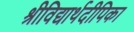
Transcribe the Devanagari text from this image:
श्रीविद्यार्थदीपिका